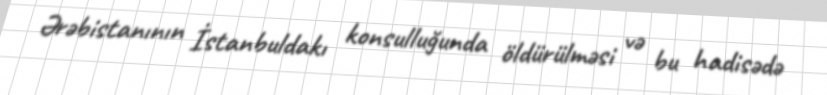
Ərəbistanının İstanbuldakı konsulluğunda öldürülməsi və bu hadisədə